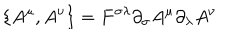
\{ A ^ { \mu } , A ^ { \nu } \} = F ^ { \sigma \lambda } \partial _ { \sigma } A ^ { \mu } \partial _ { \lambda } A ^ { \nu }